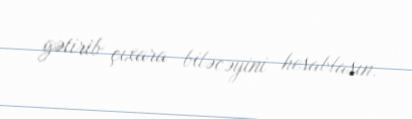
gətirib çıxara biləcəyini hesablasın.